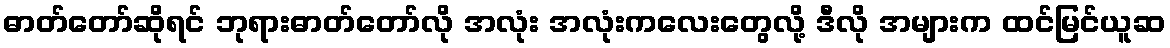
ဓာတ်တော်ဆိုရင် ဘုရားဓာတ်တော်လို အလုံး အလုံးကလေးတွေလို့ ဒီလို အများက ထင်မြင်ယူဆ